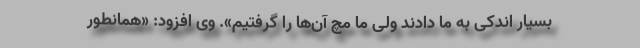
بسیار اندکی به ما دادند ولی ما مچ آن‌ها را گرفتیم». وی افزود: «همانطور